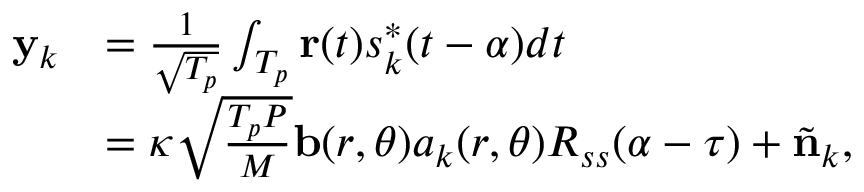
\begin{array} { r l } { { { \bf { y } } _ { k } } } & { = \frac { 1 } { \sqrt { T _ { p } } } \int _ { { T _ { p } } } { { \bf { r } } ( t ) } s _ { k } ^ { * } ( t - \alpha ) d t } \\ & { = \kappa \sqrt { \frac { { T _ { p } } P } { M } } { \bf { b } } ( r , \theta ) { a _ { k } } ( r , \theta ) { R _ { s s } } ( \alpha - \tau ) + { \tilde { \bf { n } } _ { k } } , } \end{array}